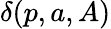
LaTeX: \delta(p,a,A)